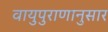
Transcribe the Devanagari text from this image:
वायुपुराणानुसार